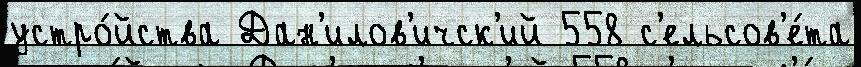
устро́йства Дан'илов'ичск'ий 558 с'ельсов'е́та